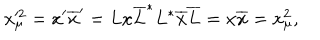
LaTeX: x _ { \mu } ^ { \prime 2 } = x ^ { \prime } \overline { { { x } } } ^ { \prime } = L x \overline { { { L } } } ^ { * } L ^ { * } \overline { { { x } } } \overline { { { L } } } = x \overline { { { x } } } = x _ { \mu } ^ { 2 } ,